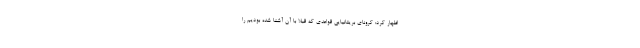
اظهار کرد: کرونای بریتانیایی قواعدی که قبلا با آن آشنا شده بودیم را